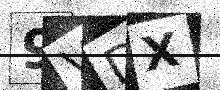
Text: 9VDX